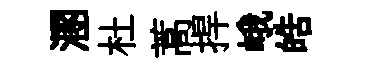
溷杜蒿捍峨皓